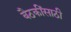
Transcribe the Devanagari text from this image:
बैठकींसाठी